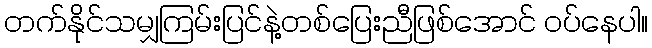
တက်နိုင်သမျှကြမ်းပြင်နဲ့တစ်ပြေးညီဖြစ်အောင် ဝပ်နေပါ။